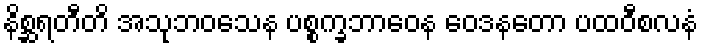
နိစ္ဆရတီတိ အသုဘဝသေန ပစ္စက္ခဘာဝေန ဝေဒနတော ပထဝီစလနံ